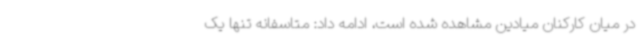
در میان کارکنان میادین مشاهده شده است، ادامه داد: متاسفانه تنها یک